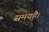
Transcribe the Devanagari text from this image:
समयहै।